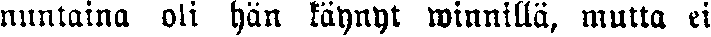
nuntaina oli hän käynyt winnillä, mutta ei